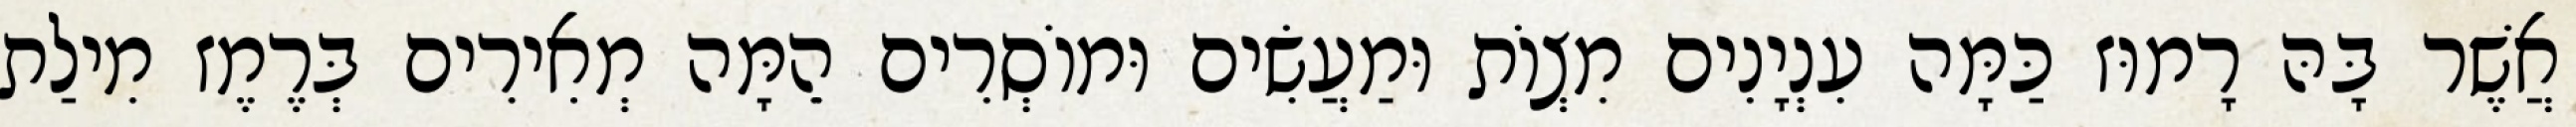
אֲשֶׁר בָּהּ רָמוּז כַּמָּה עִנְיָנִים מִצְוֹת וּמַעֲשִׂים וּמוֹסְרִים הֵמָּה מְאִירִים בְּרֶמֶז מִילַת